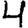
Digit: 4